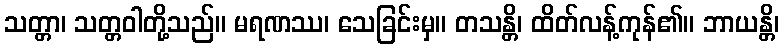
သတ္တာ၊ သတ္တဝါတို့သည်။ မရဏဿ၊ သေခြင်းမှ။ တသန္တိ၊ ထိတ်လန့်ကုန်၏။ ဘာယန္တိ၊